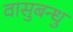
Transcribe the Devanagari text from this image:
वासुबन्धु